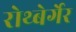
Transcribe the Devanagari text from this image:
रोथ्बेर्गेर